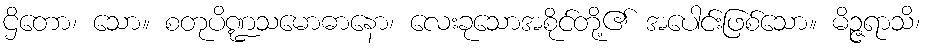
ဌိတော၊ သော။ စတုပိဏ္ဍသမောဓာနော၊ လေးခုသောအစိုင်တို့၏ အပေါင်းဖြစ်သော။ မိဉ္ဇရာသိ၊